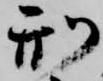
刑